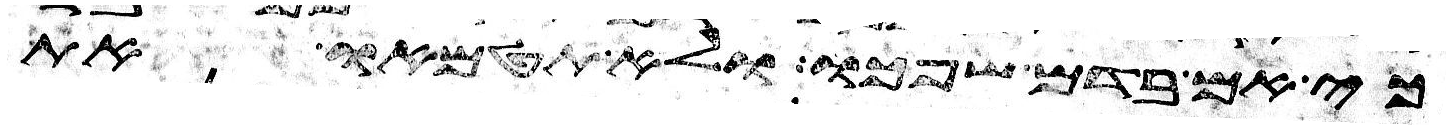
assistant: כי אם בדם שפכו ולא תטמאו את